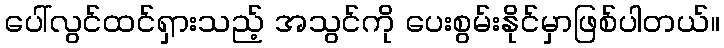
ပေါ်လွင်ထင်ရှားသည့် အသွင်ကို ပေးစွမ်းနိုင်မှာဖြစ်ပါတယ်။